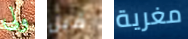
ولى قبل مغرية